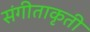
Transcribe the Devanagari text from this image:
संगीताकृती